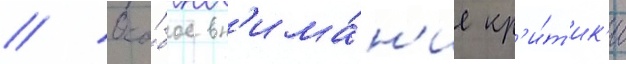
// Осо́бое вн'има́н'ие кр'и́т'ик'и